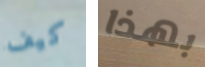
كيف بهذا